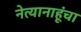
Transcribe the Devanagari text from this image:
नेत्यानाहूंचा